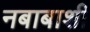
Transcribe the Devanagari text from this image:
नबाबाशी